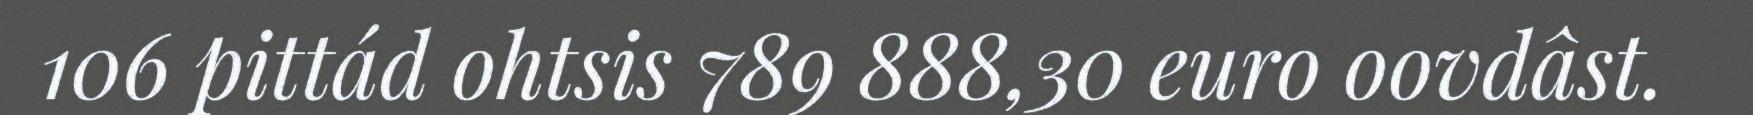
106 pittád ohtsis 789 888,30 euro oovdâst.